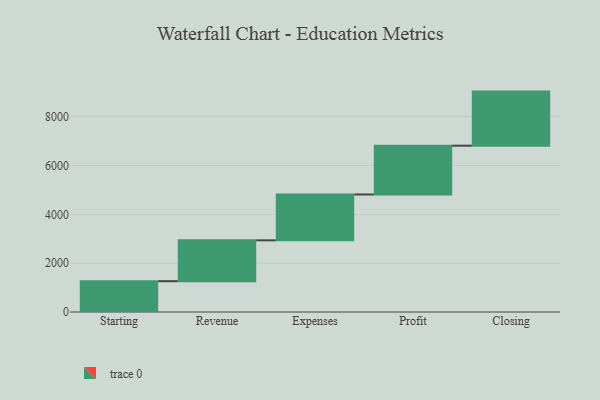
{"axis": {"x": "Step", "y": "Value"}, "legend": [""], "data": [{"x": "Starting", "y": 1262.0, "type": ""}, {"x": "Revenue", "y": 1673.0, "type": ""}, {"x": "Expenses", "y": 1877.0, "type": ""}, {"x": "Profit", "y": 1998.0, "type": ""}, {"x": "Closing", "y": 2215.0, "type": ""}]}